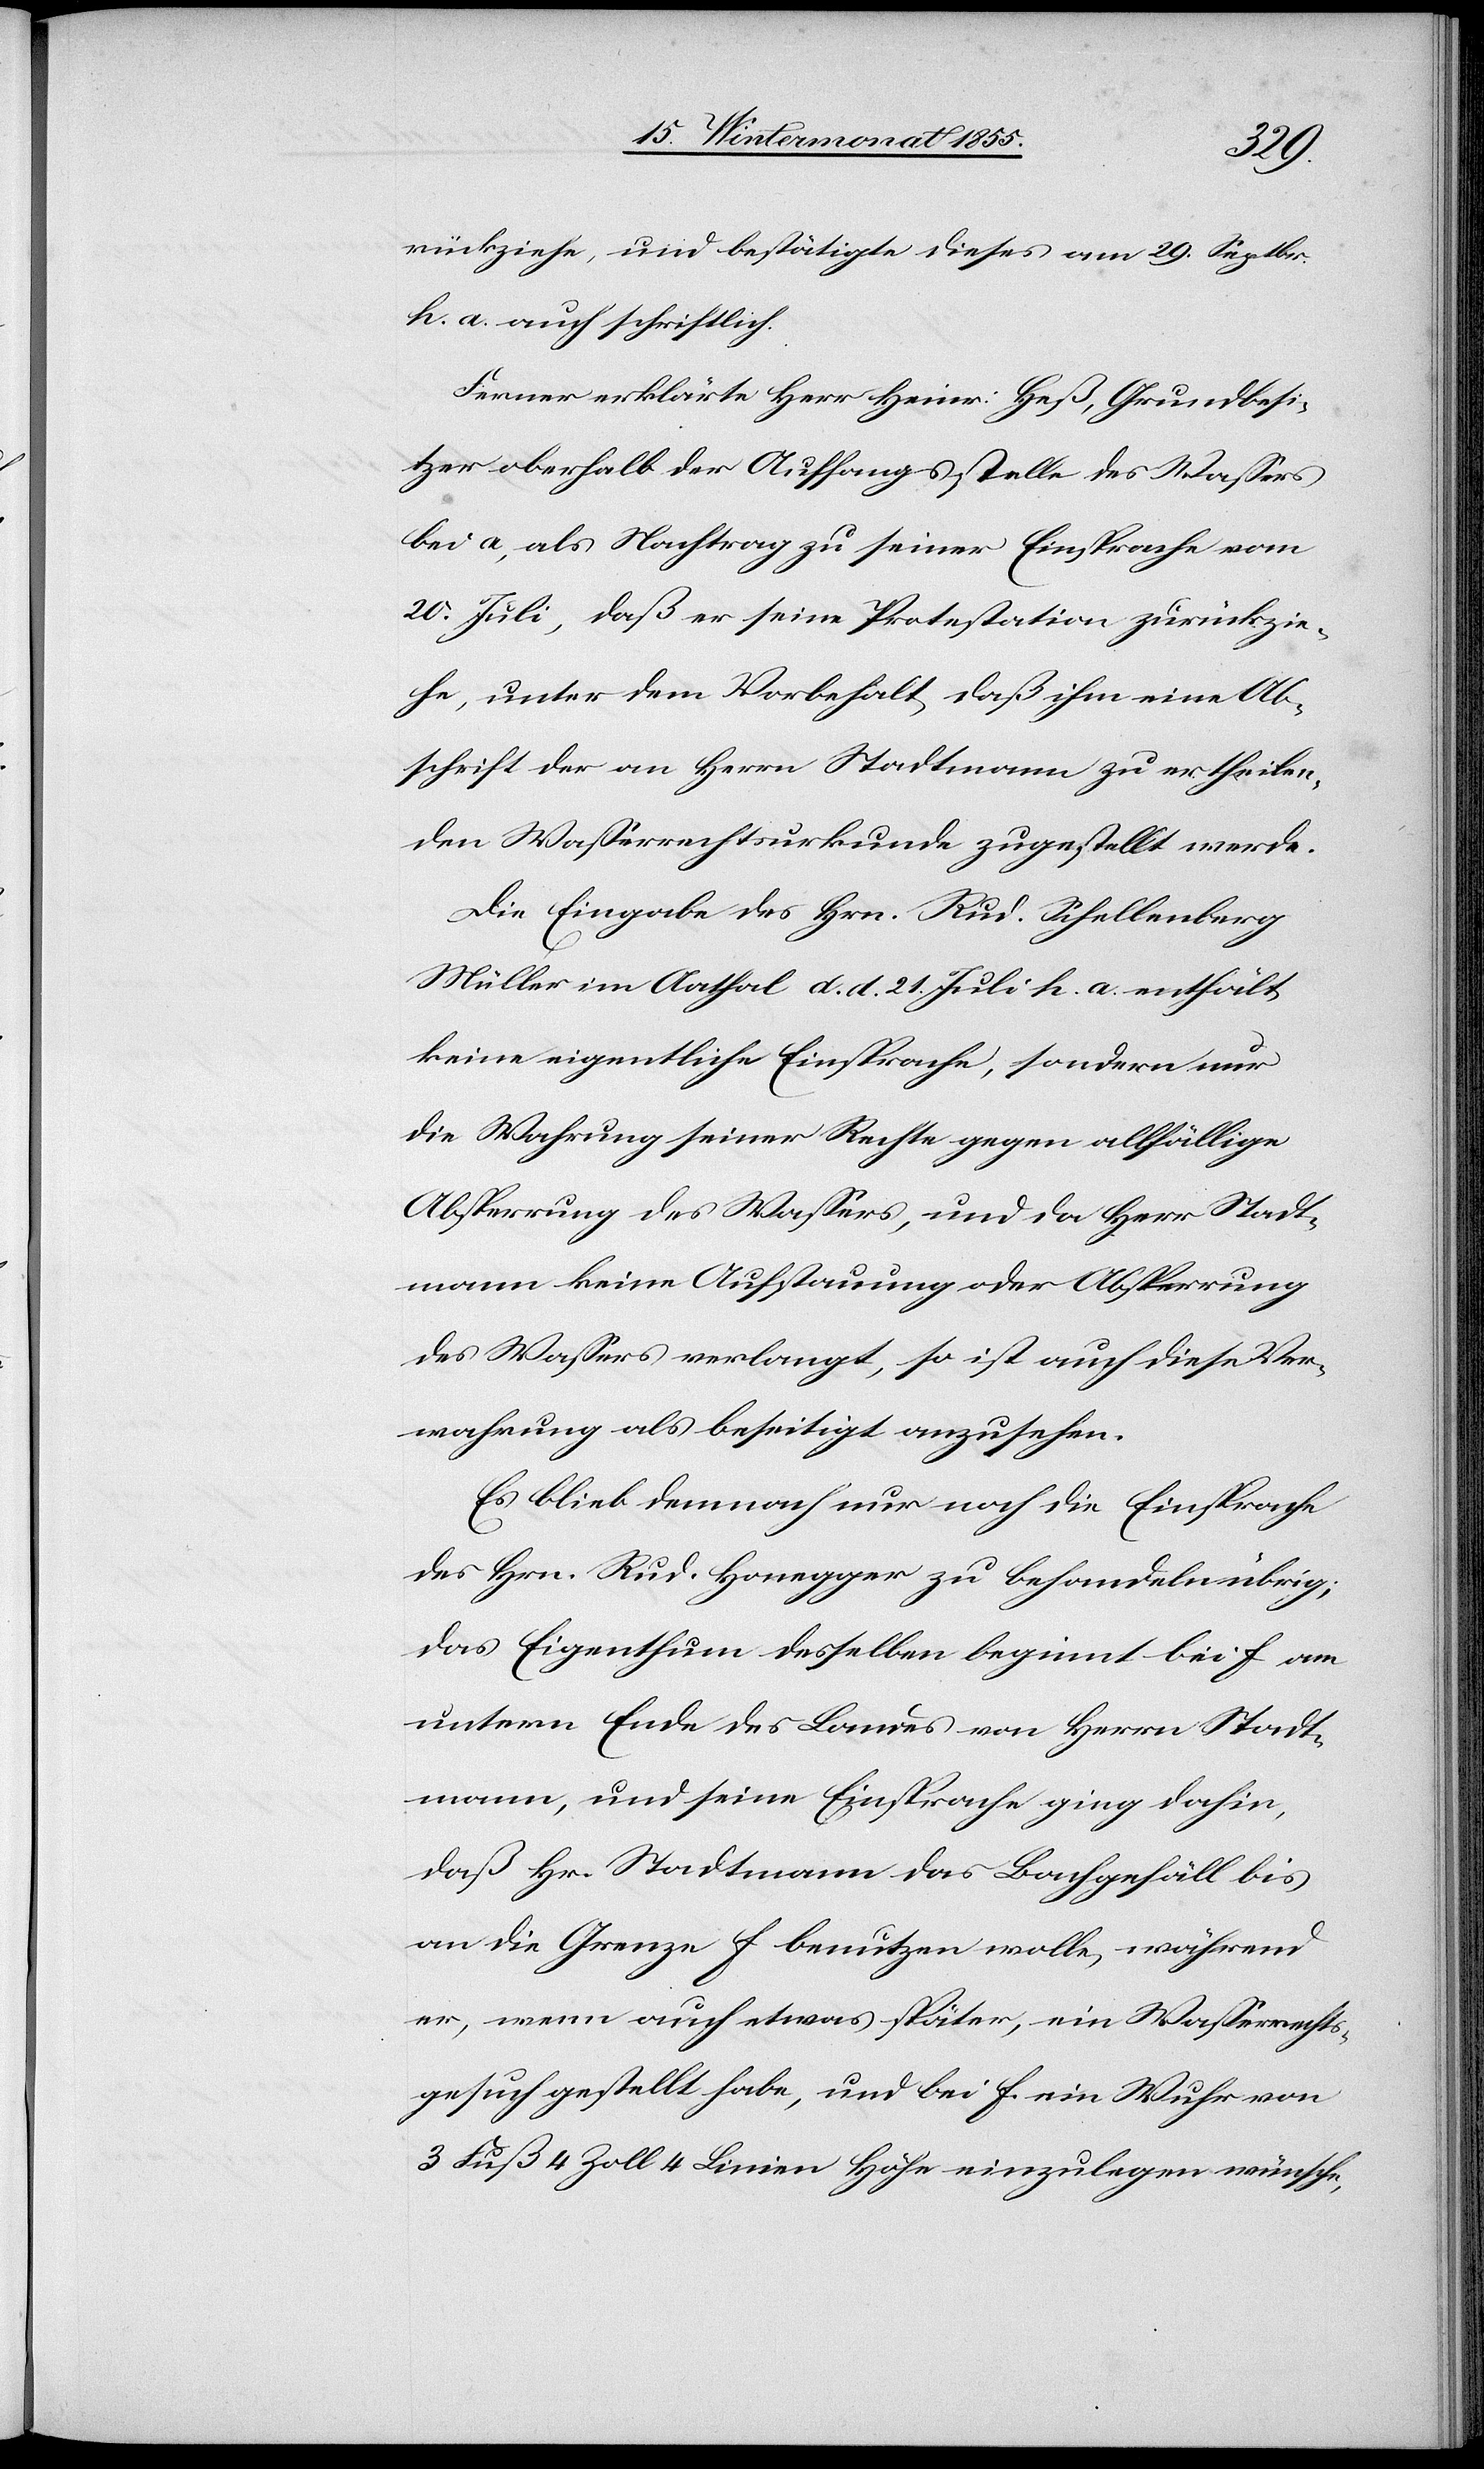
rückziehe, und bestätigte dieses am 29. Septbr.
h. a. auch schriftlich.
Ferner erklärte Herr Heinr: Heß, Grundbesi¬
tzer oberhalb der Auffangsstelle des Wassers
bei a, als Nachtrag zu seiner Einsprache vom
20. Juli, daß er seine Protestation zurückzie¬
he, unter dem Vorbehalt, daß ihm eine Ab¬
schrift der an Herrn Stadtmann zu ertheilen¬
den Wasserrechtsurkunde zugestellt werde.
Die Eingabe des Hrn. Rud. Schellenberg
Müller im Aathal d. d. 21. Juli h. a. enthält
keine eigentliche Einsprache, sondern nur
die Wahrung seiner Rechte gegen allfällige
Absperrung des Wassers, und da Herr Stadt¬
mann keine Aufstauung oder Absperrung
des Wassers verlangt, so ist auch diese Ver¬
wahrung als beseitigt anzusehen.
Es blieb demnach nur noch die Einsprache
des Hrn. Rud. Honegger zu behandeln übrig;
das Eigenthum desselben beginnt bei f am
untern Ende des Landes von Herrn Stadt¬
mann, und seine Einsprache ging dahin,
daß Hr. Stadtmann das Bachgefäll bis
an die Grenze f benutzen wolle, während
er, wenn auch etwas später, ein Wasserrechts¬
gesuch gestellt habe, und bei f. ein Wuhr von
3 Fuß 4 Zoll 4 Linien Höhe einzulegen wünsche,